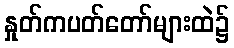
နှုတ်ကပတ်တော်များထဲ၌